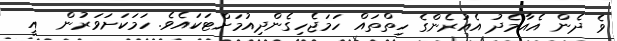
ވެ ދެން އެއާމެދު އެއުރެންގެ ހިތްތައް ހަމަޖެހިގެންދިއުމަށްޓަކައެވެ. ހަމަކަށަވަރުން  އީ